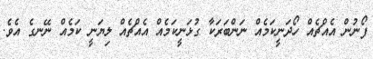
ފޯނުން އެއްޗެއް ހޯދަނީކަމެއް ނަންބަރަކާ ގުޅަނީކަމެއް އެއްޗެއް ލިޔަނީ ކަމެއް ނޭނގެ އެވެ.